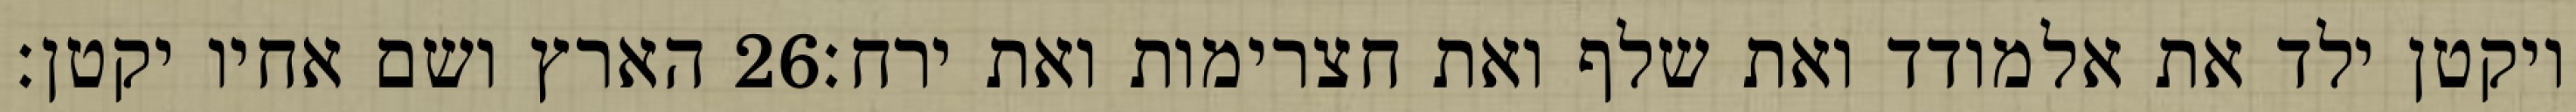
הארץ ושם אחיו יקטן׃ ‎26‏ ויקטן ילד את אלמודד ואת שלף ואת חצרימות ואת ירח׃